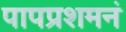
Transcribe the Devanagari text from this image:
पापप्रशमनं